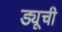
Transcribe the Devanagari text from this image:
ड्यूची